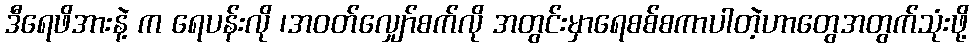
ဒီရေဖိအားနဲ့ က ရေပန်းလို ၊အဝတ်လျှော်စက်လို အတွင်းမှာရေစစ်စကာပါတဲ့ဟာတွေအတွက်သုံးဖို့